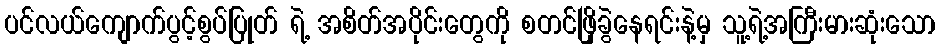
ပင်လယ်ကျောက်ပွင့်စွပ်ပြုတ် ရဲ့ အစိတ်အပိုင်းတွေကို စတင်ဖြိုခွဲနေရင်းနဲ့မှ သူ့ရဲ့အကြီးမားဆုံးသော